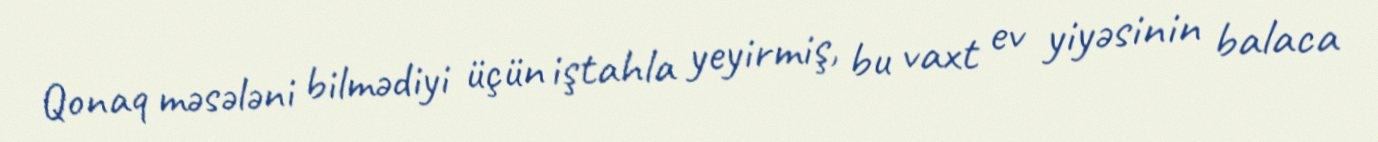
Qonaq məsələni bilmədiyi üçün iştahla yeyirmiş, bu vaxt ev yiyəsinin balaca